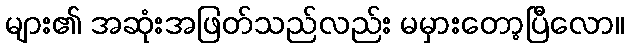
များ၏ အဆုံးအဖြတ်သည်လည်း မမှားတော့ပြီလော။